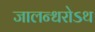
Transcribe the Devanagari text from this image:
जालन्धरोऽथ